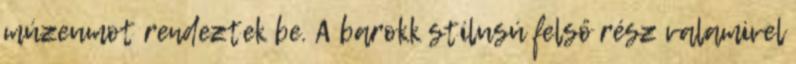
múzeumot rendeztek be. A barokk stílusú felső rész valamivel